Annual report on the lock hospitals of the Madras Presidency
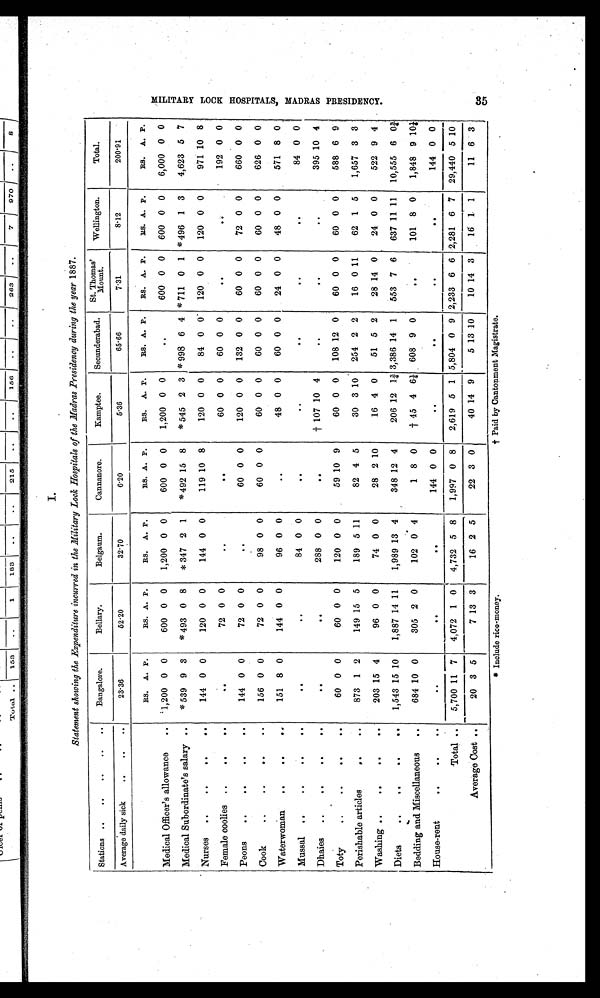
I.
Statement showing the Expenditure incurred in the Military Lock Hospitals of the Madras Presidency during the year 1887.
Stations ..
..
..
..
..
Bangalore.
Bellary.
Belgaum.
Cannanore.
Kamptee.
Secunderabad.
St. Thomas'
M o u n t .
Wellington.
Total.
Average daily sick
..
..
..
23.36
52.20
32.70
6.20
5.36
65.66
7.31
8.12
200.91
RS. A. P.
RS. A. P.
RS. A. P.
RS. A. P.
RS. A. P.
RS. A. P.
RS. A. P.
RS. A. P.
RS. A. P.
Medical Officer's allowance
..
1,200 0 0
600 0 0
1,200 0 0
600 0 0
1,200 0 0
. .
600 0 0
600 0 0
6,000 0 0
Medical Subordinate's salary ..
*
539 9 3
*
493 0 8
* 347 2 1
* 492 15 8
*
545 2 3
*
998 6 4
*
711 0 1
*
496 1 3
4,623 5 7
Nurses
..
..
..
..
144 0 0
120 0 0
144 0 0
119 10 8
120 0 0
84 0 0
120 0 0
120 0 0
971 10 8
Female coolies
..
..
..
. . 72 0 0
..
. .
60 0 0
60 0 0
..
. .
192 0 0
Peons
..
..
..
..
144 0 0
72 0 0
. .
60 0 0
120 0 0
132 0 0
60 0 0
72 0 0
660 0 0
Cook
..
..
..
..
156 0 0
72 0 0
98 0 0
60 0 0
60 0 0
60 0 0
60 0 0
60 0 0
626 0 0
Waterwoman
..
..
..
151 8 0
144 0 0
96 0 0
. .
48 0 0
60 0 0
24 0 0
48 0 0
571 8 0
Mussal
..
..
..
..
. .
. .
84 0 0
. .
. .
. .
..
. .
84 0 0
Dhaies
..
..
..
..
. .
. .
288 0 0
. .
† 107 10 4
. .
..
. .
395 10 4
Toty
....
..
..
60 0 0
60 0 0
120 0 0
59 10 9
60 0 0
108 12 0
60 0 0
60 0 0
588 6 9
Perishable articles
..
..
873 1 2
149 15 5
189 5 11
82 4 5
30 3 10
254 2 2
16 0 11
62 1 5
1,657 3 3
Washing
..
..
..
203 15 4
96 0 0
74 0 0
28 2 10
16 4 0
51 5 2
28 14 0
24 0 0
522 9 4
Diets
..
..
..
..
1,543 15 10
1,887 14 11
1,989 13 4
348 12 4
206 12 1¾ 3,386 14 1
553 7 6
637 11 11
10,555 6 0¾
Bedding and Miscellaneous
..
684 10 0
305 2 0
102 0 4
1 8 0
† 45 4 6½ 608 9 0
..
101 8 0
1,848 9 10¼
House-rent
..
..
. .
. .
. .
144 0 0
. .
..
. .
..
144 0 0
Total
. .
5,700 11 7
4,072 1 0
4,732 5 8
1,997 0 8
2,619 5 1 5,804 0 9 2,233 6 6 2,281 6 7
29,440 5 10
Average Cost ..
20 3 5
7 13 3
16 2 5
22 3 0
40 14 9
5 13 10
10 14 3
16 1 1
11 6 3
* Include rice-money.
† Paid by Cantonment Magistrate.
KM=
M I L I T A R Y L O C K H O S P I T A L S , M A D R A S P R E S I D E N C Y . 3 5